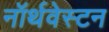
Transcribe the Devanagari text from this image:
नॉर्थवेस्टन